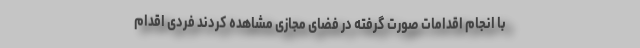
با انجام اقدامات صورت گرفته در فضای مجازی مشاهده کردند فردی اقدام